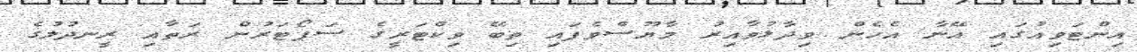
އިންޓަވިއުގައި އޭނާ އެހެން ވިދާޅުވާއިރު މާޔޫސްވެފައި ތިބޭ ވިކްޓަރީގެ ސަޕޯޓަރުން ރަތާއި ރީނދުލުގެ